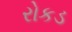
રોકડ